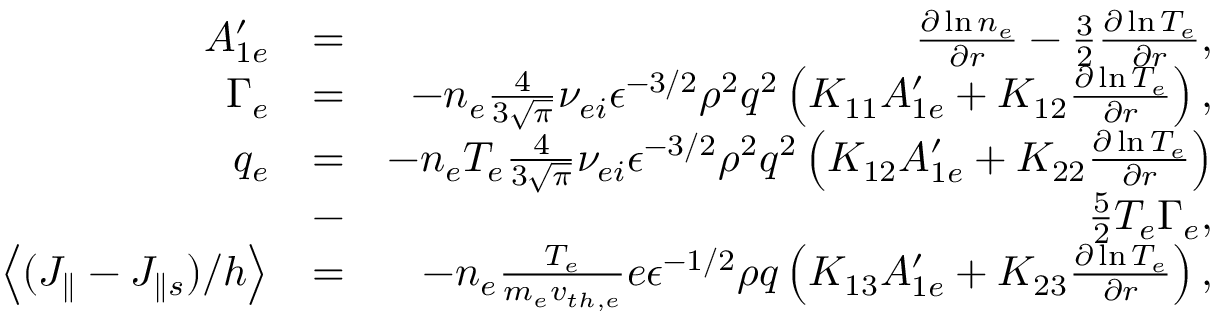
\begin{array} { r l r } { A _ { 1 e } ^ { \prime } } & { = } & { \frac { \partial \ln { n _ { e } } } { \partial r } - \frac { 3 } { 2 } \frac { \partial \ln { T _ { e } } } { \partial r } , } \\ { \Gamma _ { e } } & { = } & { - n _ { e } \frac { 4 } { 3 \sqrt { \pi } } \nu _ { e i } \epsilon ^ { - 3 / 2 } \rho ^ { 2 } q ^ { 2 } \left( K _ { 1 1 } A _ { 1 e } ^ { \prime } + K _ { 1 2 } \frac { \partial \ln { T _ { e } } } { \partial r } \right) , } \\ { q _ { e } } & { = } & { - n _ { e } T _ { e } \frac { 4 } { 3 \sqrt { \pi } } \nu _ { e i } \epsilon ^ { - 3 / 2 } \rho ^ { 2 } q ^ { 2 } \left( K _ { 1 2 } A _ { 1 e } ^ { \prime } + K _ { 2 2 } \frac { \partial \ln { T _ { e } } } { \partial r } \right) } \\ & { - } & { \frac { 5 } { 2 } T _ { e } \Gamma _ { e } , } \\ { \left< ( J _ { \parallel } - J _ { \parallel s } ) / h \right> } & { = } & { - n _ { e } \frac { T _ { e } } { m _ { e } v _ { t h , e } } e \epsilon ^ { - 1 / 2 } \rho q \left( K _ { 1 3 } A _ { 1 e } ^ { \prime } + K _ { 2 3 } \frac { \partial \ln { T _ { e } } } { \partial r } \right) , } \end{array}